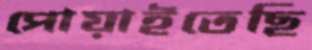
পোয়াইতেছি